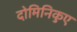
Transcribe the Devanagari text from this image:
दोमिनिकुए